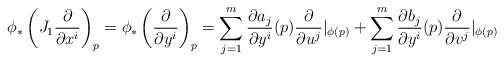
LaTeX: \begin{align*}\phi_{*}\left(J_{1}\frac{\partial}{\partial x^{i}}\right)_{p} = \phi_{*}\left(\frac{\partial}{\partial y^{i}}\right)_{p} = \displaystyle\sum_{j=1}^{m}\frac{\partial a_{j}}{\partial y^{i}}(p)\frac{\partial}{\partial u^{j}}|_{\phi(p)} + \displaystyle\sum_{j=1}^{m}\frac{\partial b_{j}}{\partial y^{i}}(p)\frac{\partial}{\partial v^{j}}|_{\phi(p)} \end{align*}